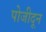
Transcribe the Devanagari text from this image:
पोजीदून